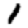
Digit: 1